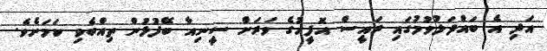
އަދި އެ ބައްދަލުވުމުގައި ރައީސް އޮފީހުގެ ވަރަށް ސީނިއާ ބޭފުޅުން ތިއްބެވި ކަމަށެވެ.